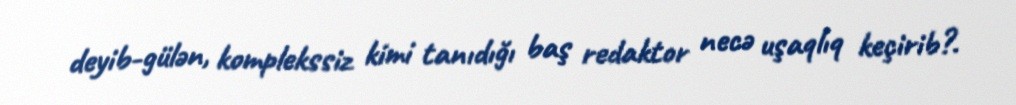
deyib-gülən, komplekssiz kimi tanıdığı baş redaktor necə uşaqlıq keçirib?.